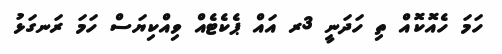
ހަމަ ހެއޮކޮއް ތި ހަދަނީ 3ރ އައް ޕެކެޓެއް ވިއްކިޔަސް ހަމަ ރަނގަޅު